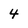
Character: 4